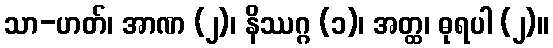
သာ-ဟတ်၊ အာဏ (၂)၊ နိဿဂ္ဂ (၁)၊ အတ္ထ၊ ဓုရပါ (၂)။